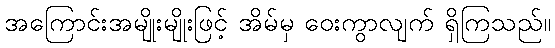
အကြောင်းအမျိုးမျိုးဖြင့် အိမ်မှ ဝေးကွာလျက် ရှိကြသည်။